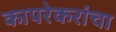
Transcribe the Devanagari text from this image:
कापरेकरांचा